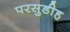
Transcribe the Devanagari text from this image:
परसुडीह